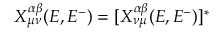
X _ { \mu \nu } ^ { \alpha \beta } ( E , E ^ { - } ) = [ X _ { \nu \mu } ^ { \alpha \beta } ( E , E ^ { - } ) ] ^ { * }